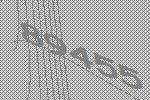
89455